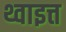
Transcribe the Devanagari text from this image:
थ्वाइत्त